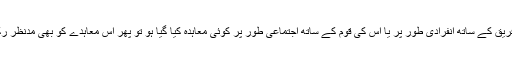
اگر دوسرے فریق کے ساتھ انفرادی طور پر یا اس کی قوم کے ساتھ اجتماعی طور پر کوئی معاہدہ کیا گیا ہو تو پھر اس معاہدے کو بھی مدنظر رکھا جائے گا ۔